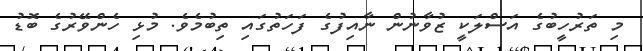
މި ތަރުހީބުގެ އަސްލަކީ ޒުވާނުން ނާއިފުގެ ފަހަތުގައި ތިބުމެވެ. މުޅި ހެންވޭރުގެ ބޮޑު